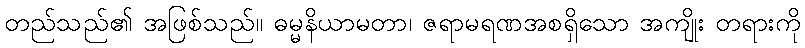
တည်သည်၏ အဖြစ်သည်။ ဓမ္မနိယာမတာ၊ ဇရာမရဏအစရှိသော အကျိုး တရားကို